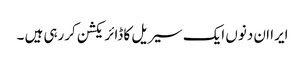
ایرا ان دنوں ایک سیریل کا ڈائریکشن کررہی ہیں ۔